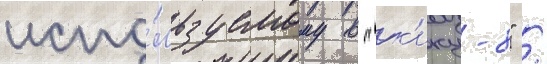
испо́льзуемому в "к'ику-8" /